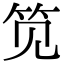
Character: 笕